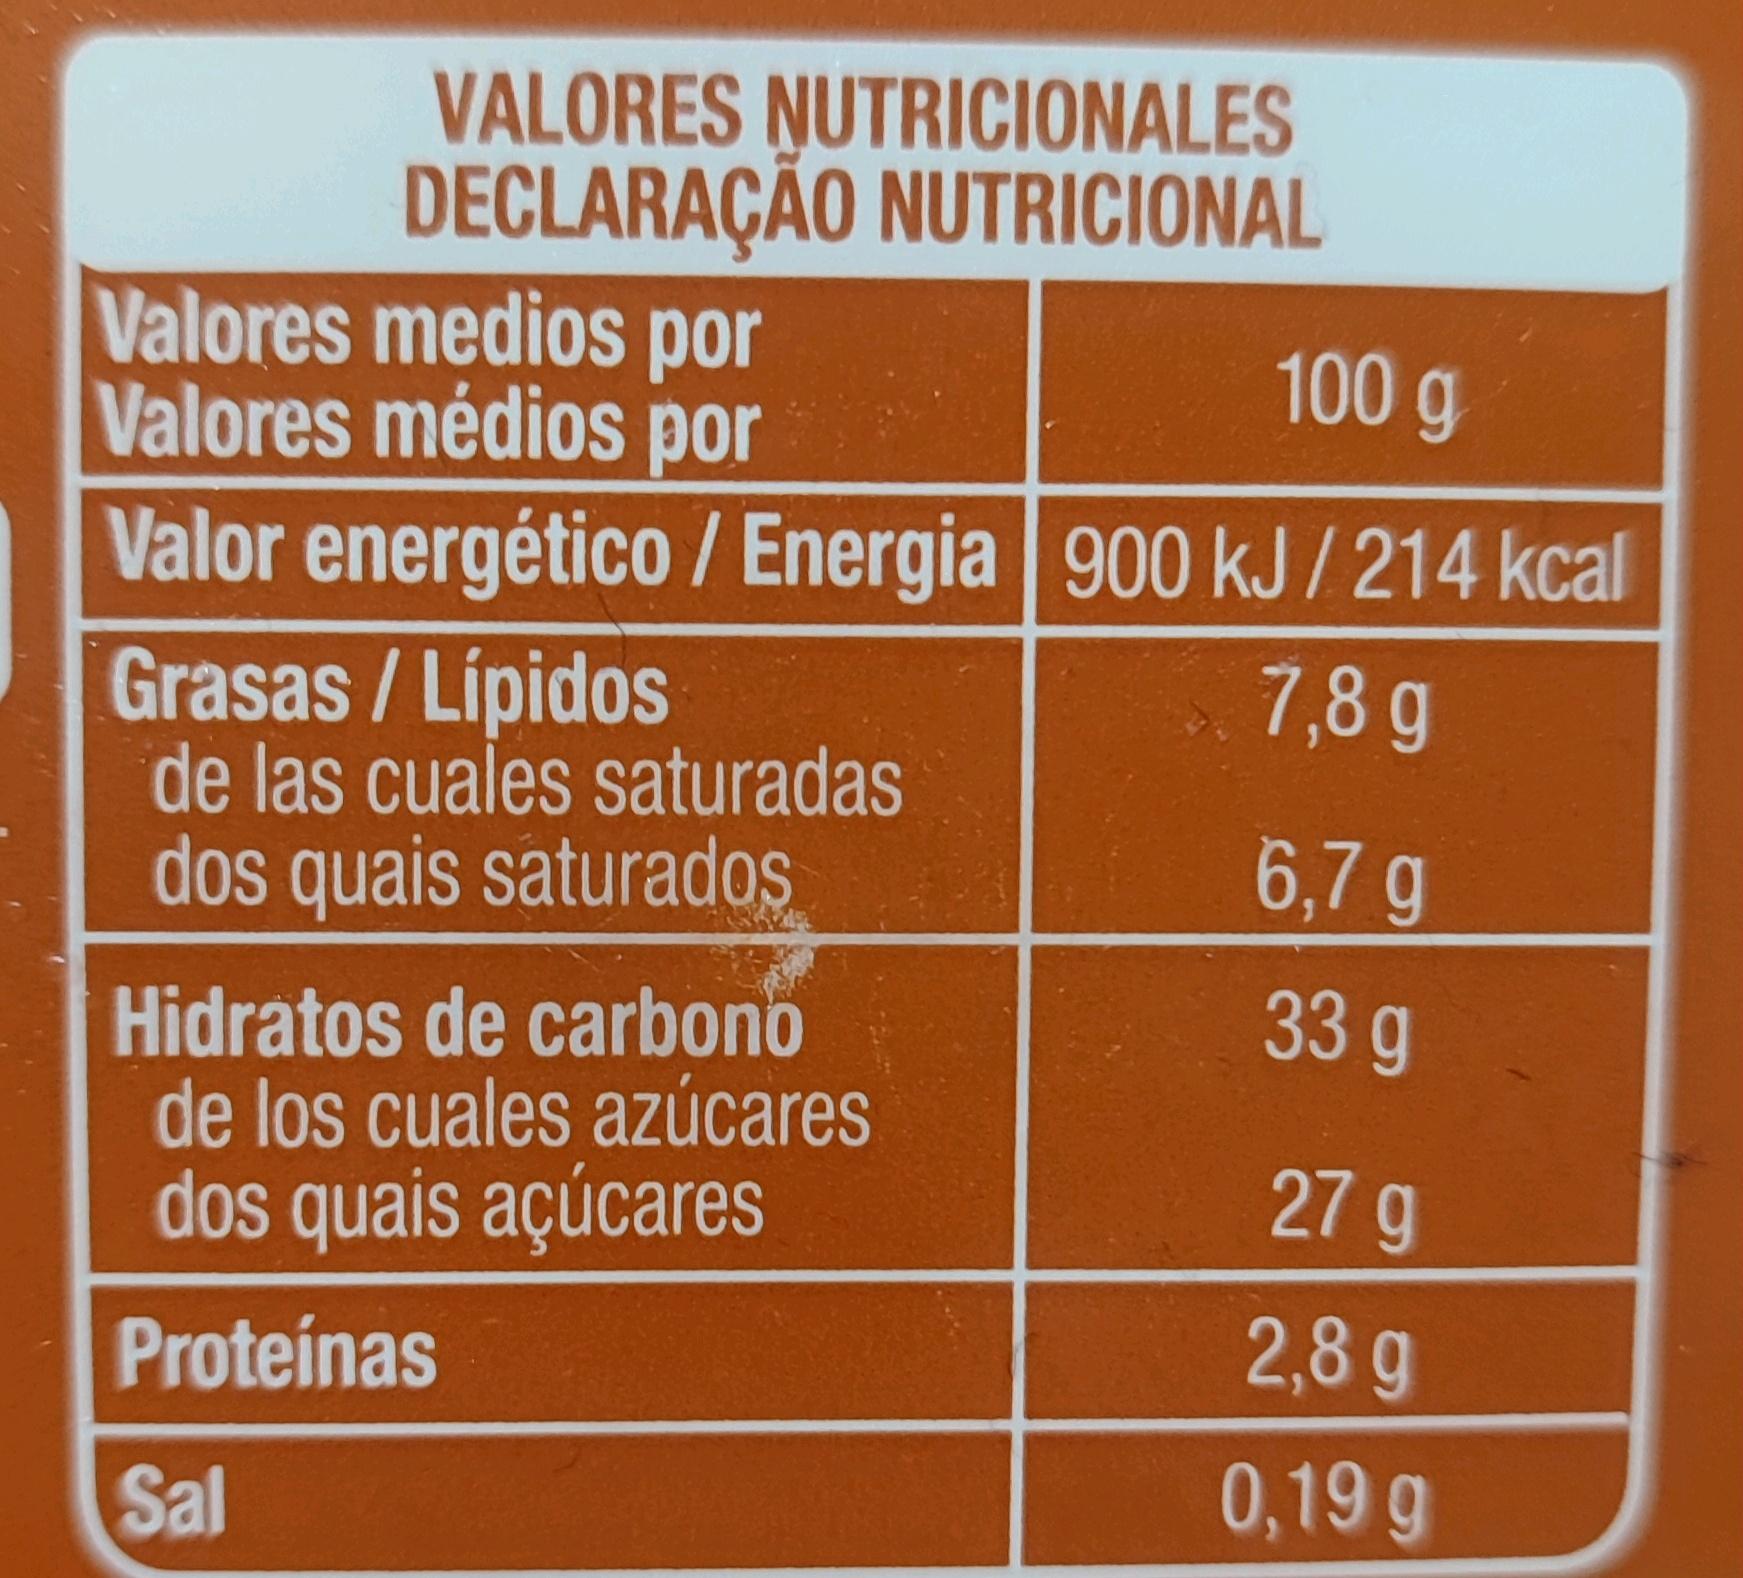
VALORES NUTRICIONALES DECLARAÇÃO NUTRICIONAL
Valores medios por
100 g
Valores médios por
Valor energético / Energia 900 kJ/ 214 kcal
7,8 g
Grasas / Lípidos
de las cuales saturadas dos quais saturados
Hidratos de carbono
de los cuales azúcares dos quais açúcares
Proteínas
Sal
6,7 g
33 g
27 g
2,8 g
0,19 g